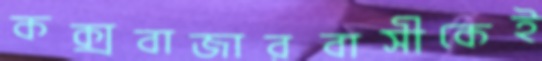
কক্সবাজারবাসীকেই